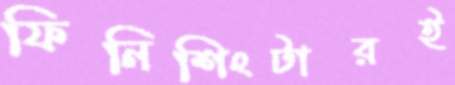
ফিনিশিংটারই